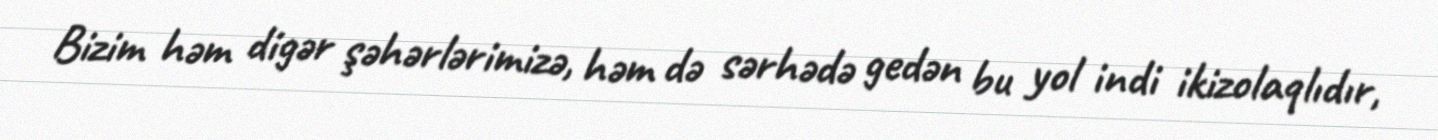
Bizim həm digər şəhərlərimizə, həm də sərhədə gedən bu yol indi ikizolaqlıdır,